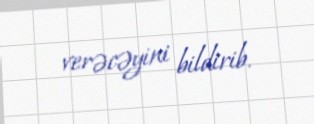
verəcəyini bildirib.